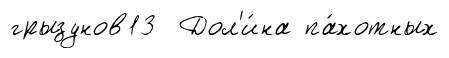
грызунов13 Дол'и́на па́хотных